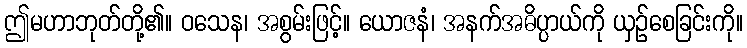
ဤမဟာဘုတ်တို့၏။ ဝသေန၊ အစွမ်းဖြင့်။ ယောဇနံ၊ အနက်အဓိပ္ပာယ်ကို ယှဉ်စေခြင်းကို။